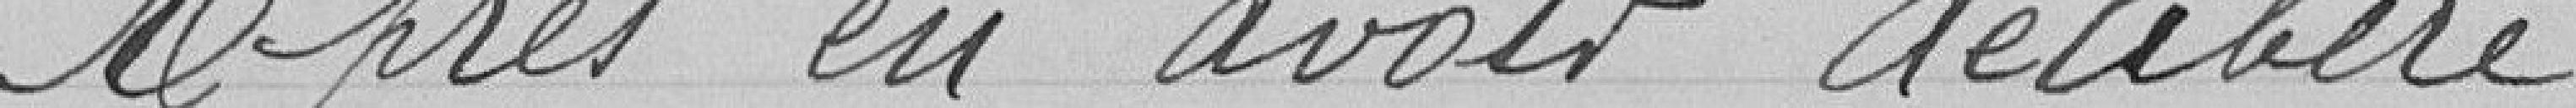
Après en avoir délibéré